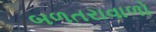
બળતરાવાળો